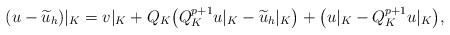
\begin{align*}(u-\widetilde{u}_h)|_K=v|_K+Q_K\big(Q_K^{p+1}u|_K-\widetilde{u}_h|_K\big)+\big(u|_K-Q_K^{p+1}u|_K\big),\end{align*}